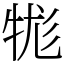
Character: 牻